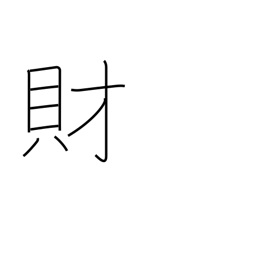
Meaning: wealth